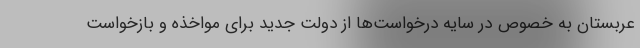
عربستان به خصوص در سایه درخواست‌ها از دولت جدید برای مواخذه و بازخواست